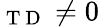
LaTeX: _{\mathrm{~T~D~}}\neq 0